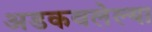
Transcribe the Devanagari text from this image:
अडकवलेल्या